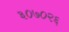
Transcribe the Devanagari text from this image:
३०७०२६